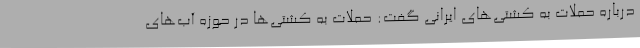
درباره حملات به کشتی‌های ایرانی گفت: حملات به کشتی‌ها در حوزه آب‌های